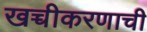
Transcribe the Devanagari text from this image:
खच्चीकरणाची